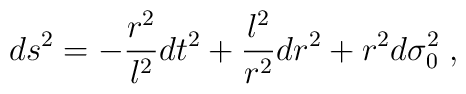
ds^{2}=-\frac{r^{2}}{l^{2}}dt^{2}+\frac{l^{2}}{r^{2}}dr^{2}+r^{2}d\sigma_{0}^{2}\;,